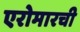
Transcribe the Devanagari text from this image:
एरोमारची